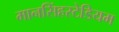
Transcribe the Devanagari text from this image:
मानसिंहस्टेडियम